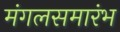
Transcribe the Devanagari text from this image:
मंगलसमारंभ